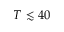
T \lesssim 4 0